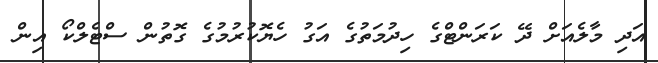
އަދި މާލެއަށް ދޭ ކަރަންޓްގެ ހިދުމަތުގެ އަގު ހެޔޮކުރުމުގެ ގޮތުން ސްޓެލްކޯ އިން